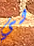
لي